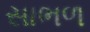
સાભળ